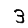
Digit: 3